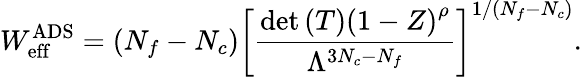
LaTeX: W_{\mathrm{eff}}^{\mathrm{ADS}}=(N_{f}-N_{c})\left[\frac{\mathrm{det}\left(T\right)\left(1-Z\right)^{\rho}}{\Lambda^{3N_{c}-N_{f}}}\right]^{1/(N_{f}-N_{c})}.